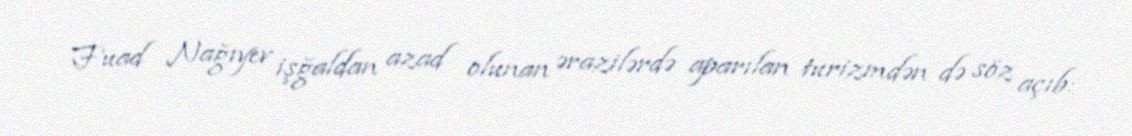
Fuad Nağıyev işğaldan azad olunan ərazilərdə aparılan turizmdən də söz açıb: